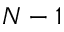
N - 1